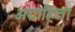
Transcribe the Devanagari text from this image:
अग्राहिता